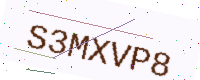
Text: S3MXVP8